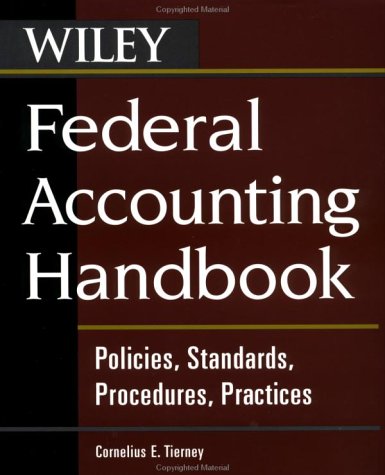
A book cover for Federal Accounting Handbook: Policies, Standards, Procedures, Practices; Cornelius E. Tierney; Business & Money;